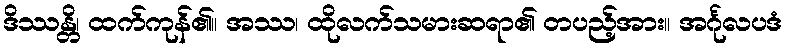
ဒိဿန္တိ၊ ထက်ကုန်၏။ အဿ၊ ထိုလက်သမားဆရာ၏ တပည့်အား။ အင်္ဂုလပဒံ